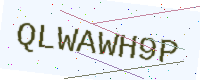
Text: QLWAWH9P